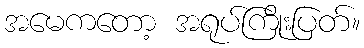
အမေကတော့ အရုပ်ကြိုးပြတ်။